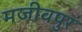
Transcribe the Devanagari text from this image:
मजीवपुर